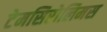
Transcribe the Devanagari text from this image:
टेमसिरोलिमस